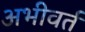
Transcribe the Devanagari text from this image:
अभीवर्त